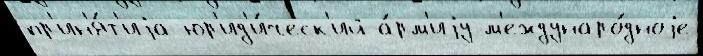
пр'ин'я́т'иjа юр'ид'и́ческ'ий а́рм'иjу м'еждунаро́дноjе